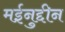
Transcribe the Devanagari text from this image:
मईनुद्दीन